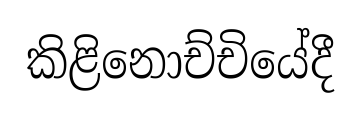
කිළිනොච්චියේදී